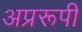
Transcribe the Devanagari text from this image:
अप्ररूपी